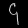
Digit: ၄